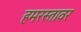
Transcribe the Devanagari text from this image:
हमरस्तावर